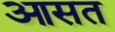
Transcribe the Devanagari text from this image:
आसत